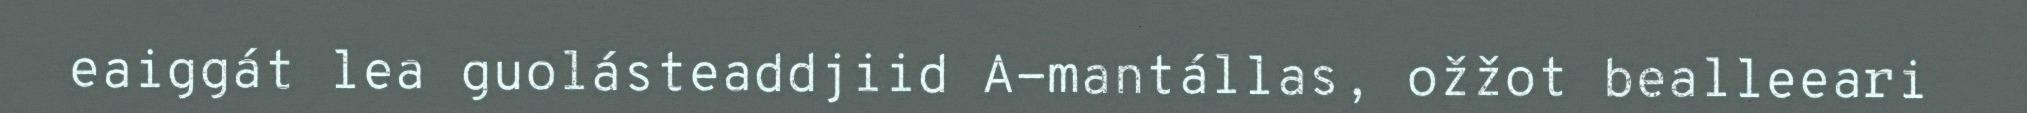
eaiggát lea guolásteaddjiid A-mantállas, ožžot bealleeari